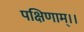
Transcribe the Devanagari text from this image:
पक्षिणाम्।।